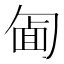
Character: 𠣱